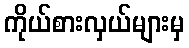
ကိုယ်စားလှယ်များမှ